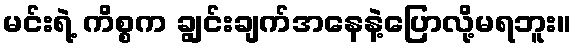
မင်းရဲ့ ကိစ္စက ချွင်းချက်အနေနဲ့ပြောလို့မရဘူး။